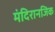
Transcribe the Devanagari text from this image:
मंदिरानजिक